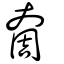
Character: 奝